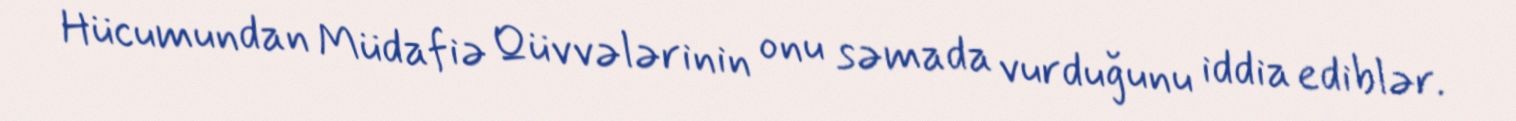
Hücumundan Müdafiə Qüvvələrinin onu səmada vurduğunu iddia ediblər.